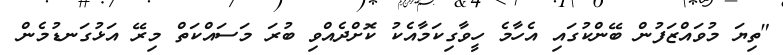
"ތިޔަ މުވައްޒަފުން ބޭންކުގައި އެހާމެ ހީވާގިކަމާއެކު ކޮށްދެއްވި ބުރަ މަސައްކަތް މިރޭ އަޅުގަނޑުމެން